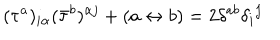
( \tau ^ { a } ) _ { i \alpha } ( \bar { \tau } ^ { b } ) ^ { \alpha j } + ( a \leftrightarrow b ) = 2 \delta ^ { a b } \delta _ { i } { } ^ { j }